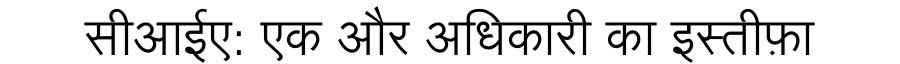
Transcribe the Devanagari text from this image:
सीआईए: एक और अधिकारी का इस्तीफ़ा